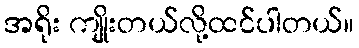
အရိုး ကျိုးတယ်လို့ထင်ပါတယ်။